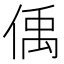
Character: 偊